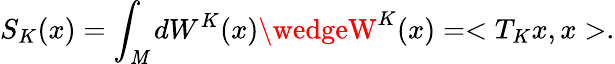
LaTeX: S_{K}(x)=\int_{\mathit{M}}dW^{K}(x)\wedgeW^{K}(x)=<T_{K}x,x>.